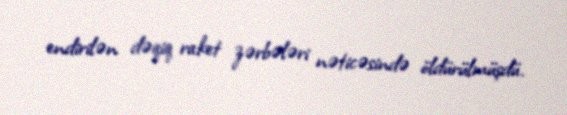
endirilən dəqiq raket zərbələri nəticəsində öldürülmüşdü.